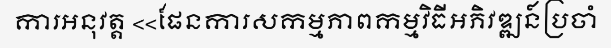
ការអនុវត្ត <<ផែនការសកម្មភាពកម្មវិធីអភិវឌ្ឍន៍ប្រចាំ